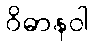
ဝိဓာနဝါ